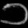
Digit: ၁